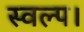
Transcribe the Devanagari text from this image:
स्वल्प।